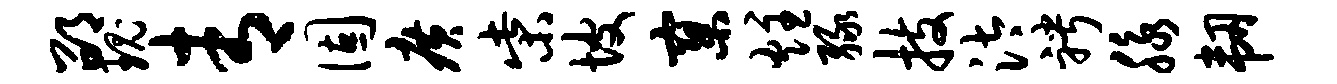
邵瑰青固广柴坡寥炷绿技汰聘脉韧